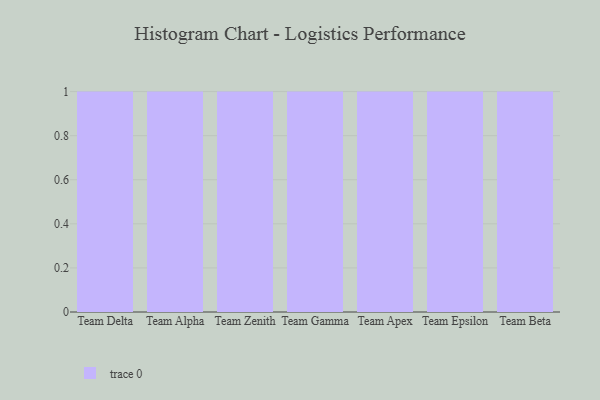
{"axis": {"x": "Team", "y": "Revenue (USD Million)"}, "legend": [""], "data": [{"x": "Team Delta", "y": 8, "type": ""}, {"x": "Team Alpha", "y": 81, "type": ""}, {"x": "Team Zenith", "y": 52, "type": ""}, {"x": "Team Gamma", "y": 61, "type": ""}, {"x": "Team Apex", "y": 15, "type": ""}, {"x": "Team Epsilon", "y": 99, "type": ""}, {"x": "Team Beta", "y": 47, "type": ""}]}